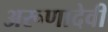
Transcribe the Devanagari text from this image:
अरूणादेवी